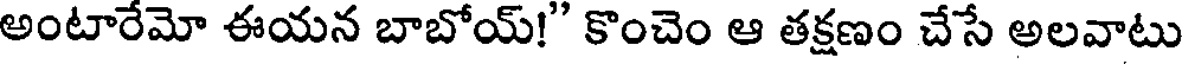
అంటారేమో ఈయన బాబోయ్!" కొంచెం ఆ తక్షణం చేసే అలవాటు